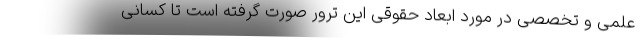
علمی و تخصصی در مورد ابعاد حقوقی این ترور صورت گرفته است تا کسانی